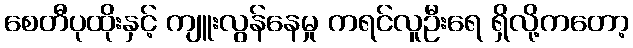
စေတီပုထိုးနှင့် ကျူးလွန်နေမှု ကရင်လူဦးရေ ရှိလို့ကတော့